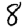
Digit: 8